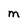
Character: M